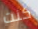
كنت